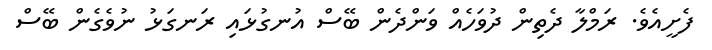
ފެށީއެވެ. ރަމްލާ ދެތިން ދުވަހެއް ވަންދެން ބޭސް އުނގުޅައި ރަނގަޅު ނުވެގެން ބޭސް